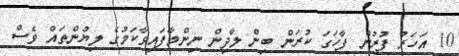
10 އަހަރު ފުރުން ފާހަގަ ކުރަން ބިން ލާދިން ނިންމާފައިވާކަމުގެ ލިޔުންތައް ވެސް